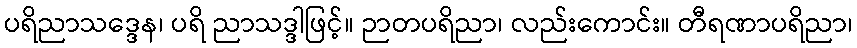
ပရိညာသဒ္ဒေန၊ ပရိ ညာသဒ္ဒါဖြင့်။ ဉာတပရိညာ၊ လည်းကောင်း။ တီရဏာပရိညာ၊